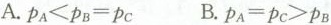
A.\rho_{A}<\rho_{B} =\rho_{C} B.\rho_{A}=\rho _{C}>\rho_{B}